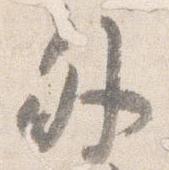
外